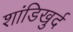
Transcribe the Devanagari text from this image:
शांडिखुर्द